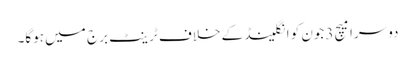
دوسرا میچ 3جون کو انگلینڈ کے خلاف ٹرینٹ برج میں ہوگا۔